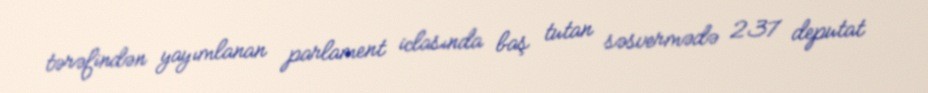
tərəfindən yayımlanan parlament iclasında baş tutan səsvermədə 237 deputat